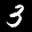
Label: 3